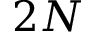
2 N